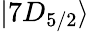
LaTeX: |7D_{5/2}\rangle